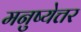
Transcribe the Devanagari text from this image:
मनुष्येत्तर